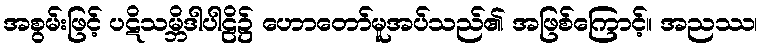
အစွမ်းဖြင့် ပဋိသမ္ဘိဒါပါဠိ၌ ဟောတော်မူအပ်သည်၏ အဖြစ်ကြောင့်။ အညဿ၊